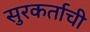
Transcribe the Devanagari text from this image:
सुरकर्ताची